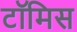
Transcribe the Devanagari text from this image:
टॉमिस